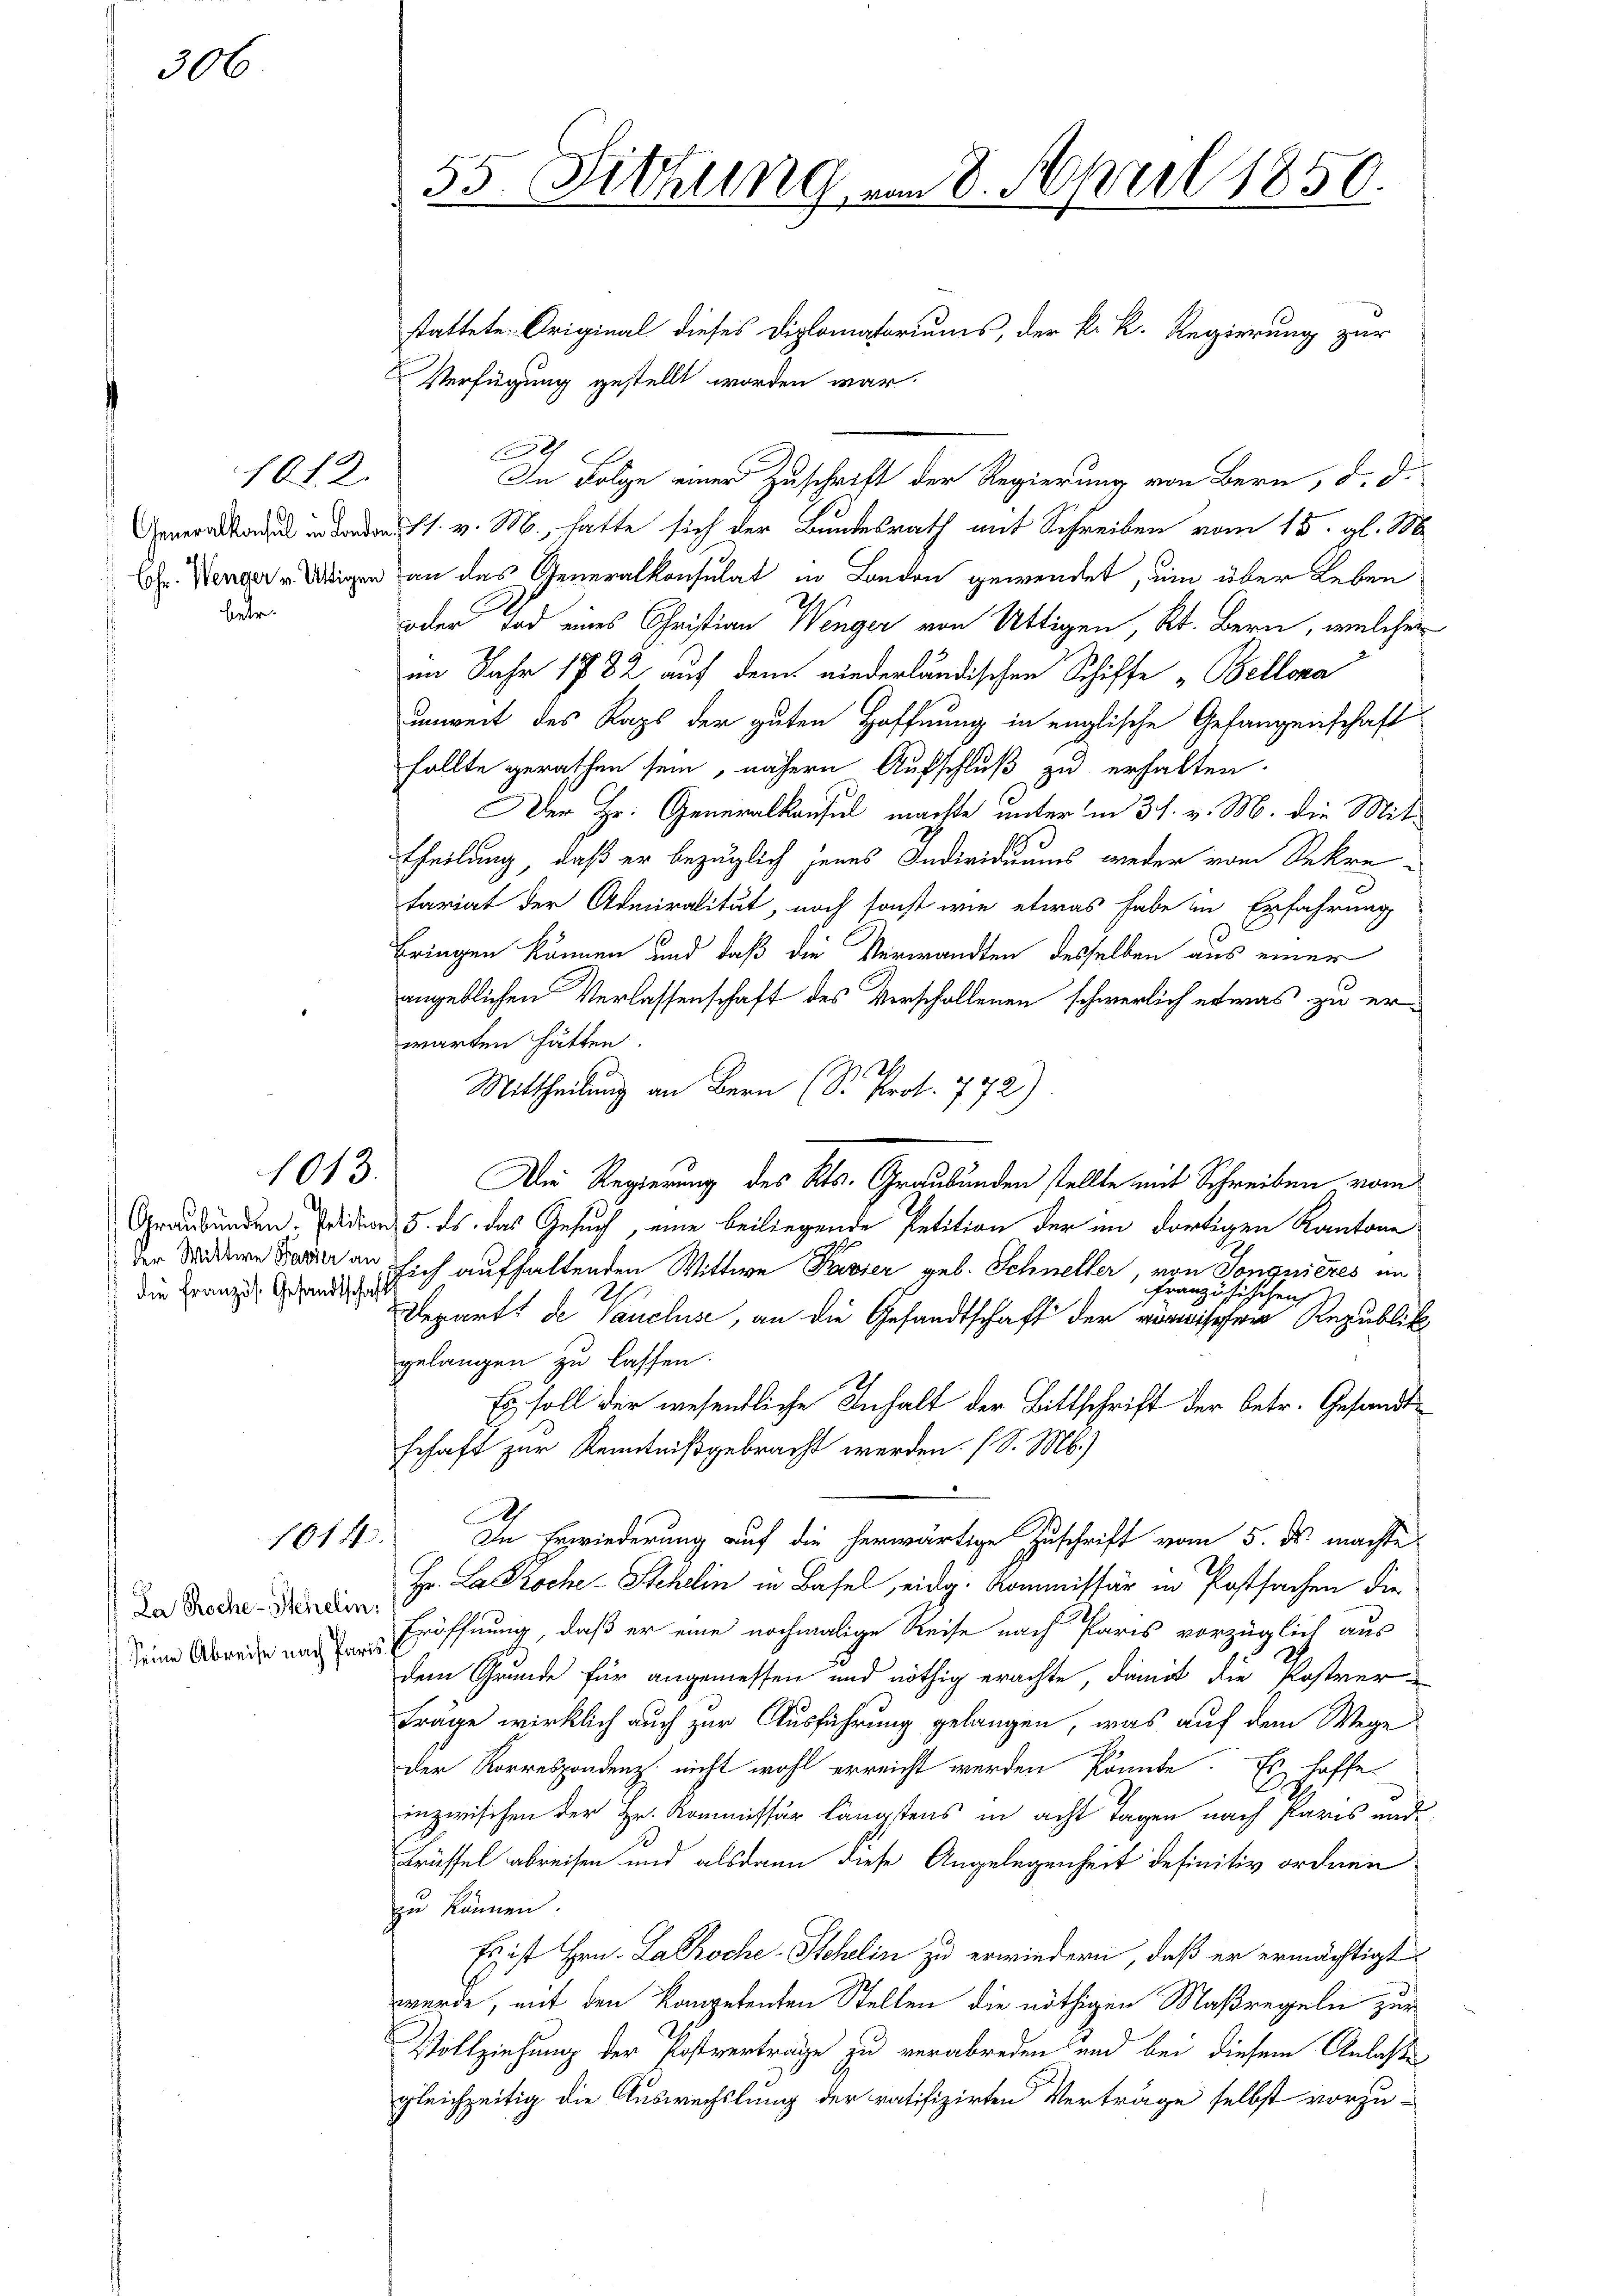
306.

betr.

die Französ. Gesandtschafts

1012.

1013.

1014.

Da Roche - Schelin
 Seine Abreise nach Pari

55. Sitzung vom 8. April 1850.

stattete. Original dieses Diplomatoriums, der k. k. Regierung zur
Verfügung gestellt worden war.
x
In Folge einer Zuschrift der Regierung von Bern, d. d.
ta in den s. v. M., hatte sich der Bundesrath mit Schreiben vom 15. gl. M
E. Menger. Übrigen an das Generalkonsulat in London gewendet, um über Leben
oder Tod eines Christian Wenger von Uttigen, Kt. Bern, welcher
im Jahr 1782 auf dem niederländischen Schiffe „Bellona
unweit des Kaps der guten Hoffnung in englische Gefangenschaft
follte gerathen sein, nähern Aufschluß zu erhalten.
Der Hr. Generalkonsul machte unter in 31. v. M. die Mit-
theilung, daß er bezüglich jenes Individuums wieder vom Sekretariat der Admiralität, noch sonst wie etwas habe in Erfahrung
Bringen können und daß die Verwandten desselben aus einer
angeblichen Verlassenschaft des Verschollenen schwerlich etwas zu er-
warten hätten.
Mittheilung an Bern (S. Prot. 772)
Die Regierung des Kts. Graubünden stellte mit Schreiben, vom
Graubünden. Edition, 5. ds. das Gesuch, eine beiliegende Petition der im dortigen Kantone
der Widdere Feder an sich aufhaltenden Wittwe Presser geb. Schneller, von Sonquieres un
Französischen
Departt de Canclus, an die Gesandtschaft der sehen Republik
gelangen zu lassen.
Es soll der wesentliche Inhalt der Bittschrift der betr. Gesandtschaft zur Kenntniß gebracht werden. (S. M.)
In Erwiederung auf die herwärtige Zuschrift vom 5. ds. machte
Hr. La Koche Stehlin in Basel, eidg. Kommissär in Postsachen die
Eröffnung, daß er eine nochmalige Reise nach Paris vorzüglich aus
dem Grunde für angemessen und nöthig erachte, damit die Postver-
Frage wirklich auch zur Ausführung gelangen, was auf dem Wege
der Korrespondenz nicht wohl erreicht werden könnte. Es hoffe
inzwischen der Hr. Kommissär längstens in acht Tagen nach Paris und
Brüssel abreisen und alsdann diese Angelegenheit definitiv ordnen
zu können.
Es ist Hrn. Lakkoche-Schelin zu erwiedern, daß er ermächtigt
werde, mit den Kompetenten Stellen die nöthigen Maßregeln zur
Vollziehung der Kostverträge zu verabreden und bei diesem Anlaße
gleichzeitig die Auswechslung der ratifizirten Vertrage selbst vorzu-